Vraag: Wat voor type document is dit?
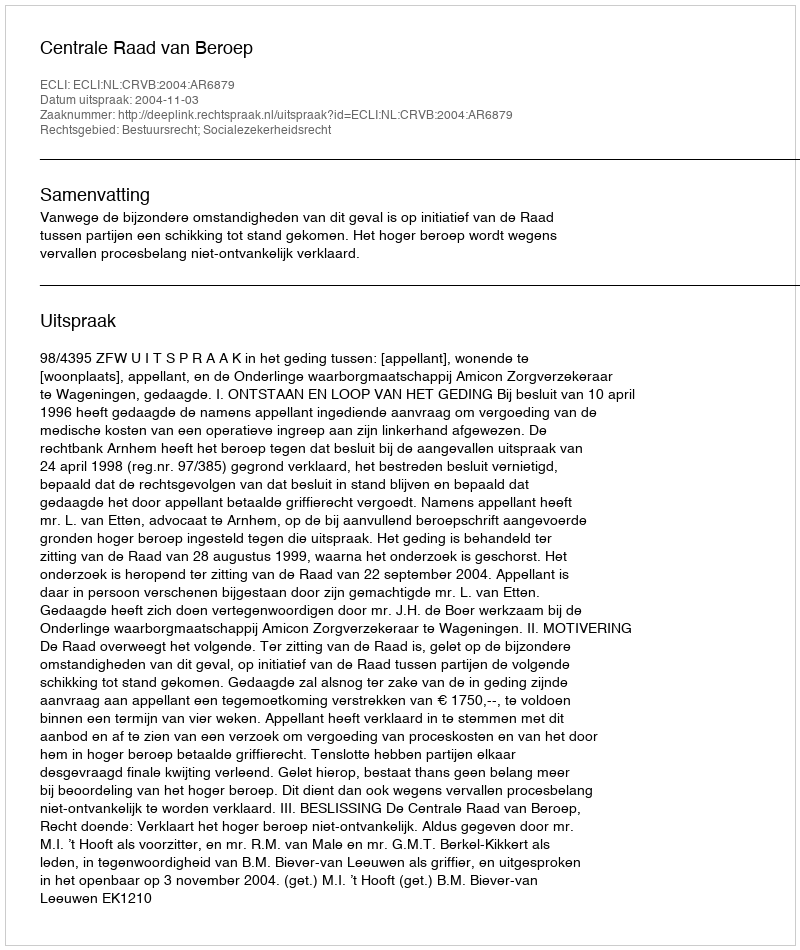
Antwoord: Uitspraak